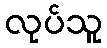
လုပ်သူ